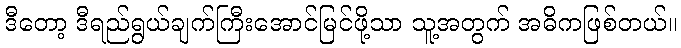
ဒီတော့ ဒီရည်ရွယ်ချက်ကြီးအောင်မြင်ဖို့သာ သူ့အတွက် အဓိကဖြစ်တယ်။